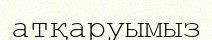
атқаруымыз